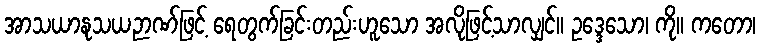
အာသယာနုသယဉာဏ်ဖြင့် ရေတွက်ခြင်းတည်းဟူသော အလိုဖြင့်သာလျှင်။ ဥဒ္ဒေသော၊ ကို။ ကတော၊